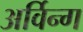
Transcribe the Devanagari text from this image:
अर्विन्ग